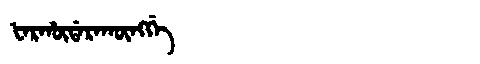
Manchu: ᡶᠠᡵᡥᡡᡩᠠᡵᠠᡴᡡᠩᡤᡝ
Romanization: FARHŪDARAKŪNGGE